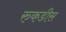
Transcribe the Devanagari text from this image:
रुकडीस